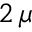
2 \, \mu